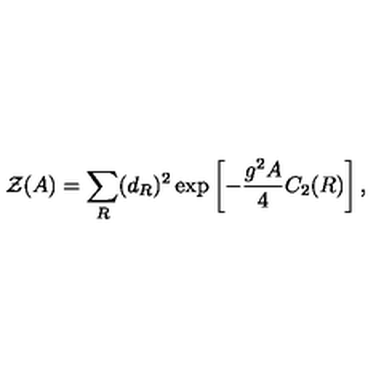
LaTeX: { \cal Z } ( A ) = \sum _ { R } ( d _ { R } ) ^ { 2 } \exp \left[ - { \frac { g ^ { 2 } A } { 4 } } C _ { 2 } ( R ) \right] ,